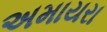
અમાયરા